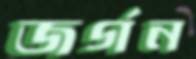
জর্গন